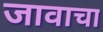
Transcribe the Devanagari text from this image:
जावाचा